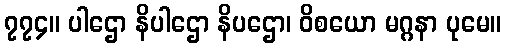
၇၇၄။ ပါဌော နိပါဌော နိပဌော၊ ဝိစယော မဂ္ဂနာ ပုမေ။